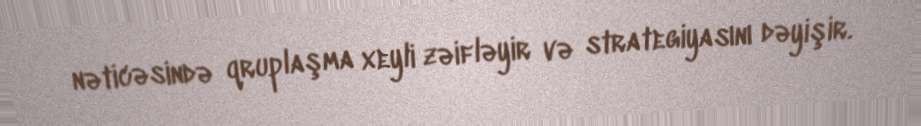
nəticəsində qruplaşma xeyli zəifləyir və strategiyasını dəyişir.